King Institute of Preventive Medicine Micro-Biological Section reports 1912-19
Year: 1912
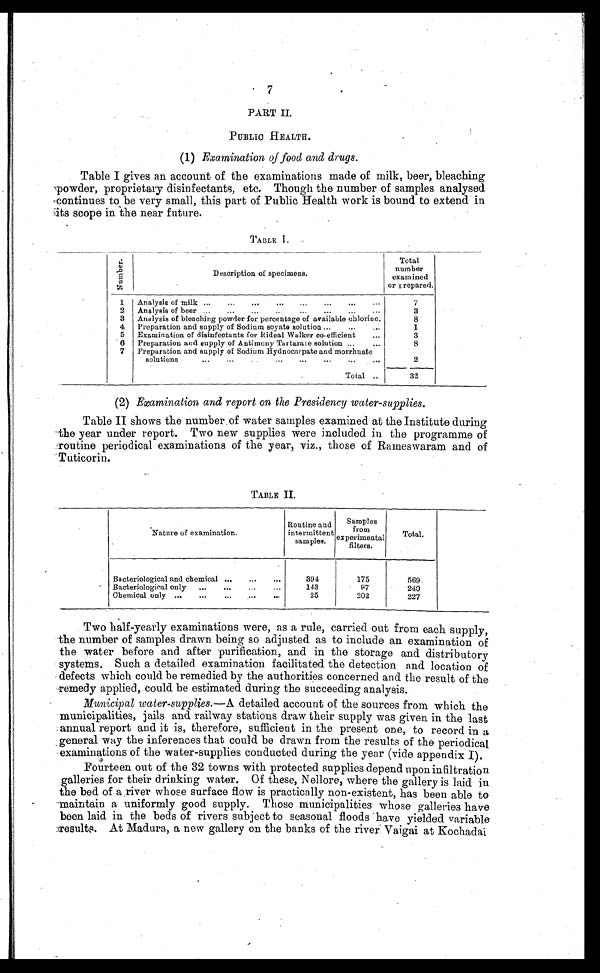
7
PART II.
PUBLIC HEALTH.
(1) Examination of food and drugs.
Table I gives an account of the examinations made of milk, beer, bleaching
powder, proprietary disinfectants, etc. Though the number of samples analysed
continues to be very small, this part of Public Health work is bound to extend in
its scope in the near future.
TABLE I.
N u m b e r .
Description of specimens.
Total
number
examined
or prepared.
1
Analysis of milk . . .
7
2
Analysis of beer . . .
3
3
Analysis of bleaching powder for percentage of available chlorine.
8
4
Preparation and supply of Sodium soyate solution . . .
1
5
Examination of disinfectants for Rideal Walker co-efficient . . .
3
6
Preparation and supply of Antimony Tartarate solution . . .
8
7
Preparation and supply of Sodium Hydnocarpate and morrhuate
solutions . . .
2
To t a l . . .
32
(2) Examination and report on the Presidency water-supplies.
Table II shows the number of water samples examined at the Institute during
the year under report. Two new supplies were included in the programme of
routine periodical examinations of the year, viz., those of Rameswaram and of
Tuticorin.
TABLE II.
Nature of examination.
Routine and
intermittent
samples.
Samples
f r o m e x p e r i m e n t a l
filters.
Total.
Bacteriological and chemical . . .
394
175
569
Bacteriological only . . .
143
97
240
Chemical only . . .
25
202
227
Two half-yearly examinations were, as a rule, carried out from each supply,
the number of samples drawn being so adjusted as to include an examination of
the water before and after purification, and in the storage and distributory
systems. Such a detailed examination facilitated the detection and location of
defects which could be remedied by the authorities concerned and the result of the
remedy applied, could be estimated during the succeeding analysis.
Municipal water-supplies.— A detailed account of the sources from which the
municipalities, jails and railway stations draw their supply was given in the last
annual report and it is, therefore, sufficient in the present one, to record in a
general way the inferences that could be drawn from the results of the periodical
examinations of the water-supplies conducted during the year (vide appendix I).
Fourteen out of the 32 towns with protected supplies depend upon infiltration
galleries for their drinking water. Of these, Nellore, where the gallery is laid in
the bed of a river whose surface flow is practically non-existent, has been able to
maintain a uniformly good supply. Those municipalities whose galleries have
been laid in the beds of rivers subject to seasonal floods have yielded variable
results. At Madura, a new gallery on the banks of the river Vaigai at Kochadai